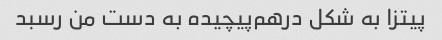
پیتزا به شکل درهم‌پیچیده به دست من رسبد